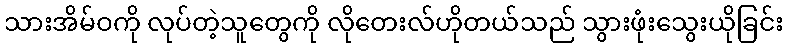
သားအိမ်ဝကို လုပ်တဲ့သူတွေကို လိုတေးလ်ဟိုတယ်သည် သွားဖုံးသွေးယိုခြင်း